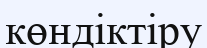
көндіктіру